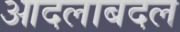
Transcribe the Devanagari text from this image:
आदलाबदल